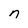
Character: n